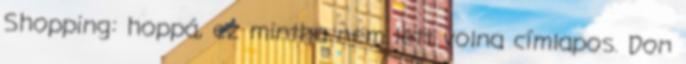
Shopping: hoppá, ez mintha nem lett volna címlapos. Don